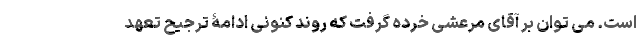
است. می توان بر آقای مرعشی خُرده گرفت که روند کنونی ادامۀ ترجیح تعهد